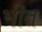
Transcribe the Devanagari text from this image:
भींत